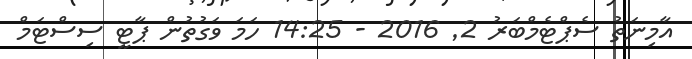
އާމިނަތު ސެޕްޓެމްބަރު 2